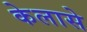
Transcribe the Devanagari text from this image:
केलासे